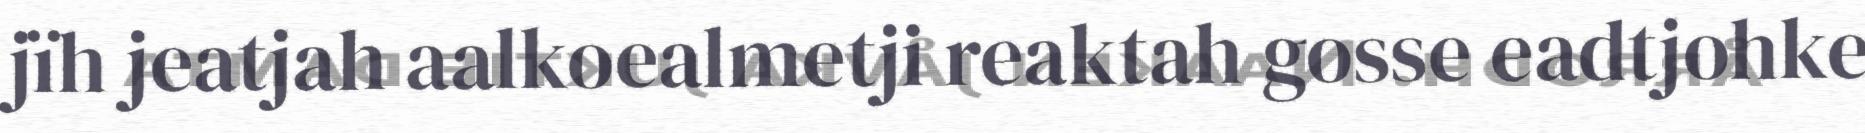
jïh jeatjah aalkoealmetji reaktah gosse eadtjohke